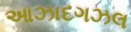
આઝાદગઝલ